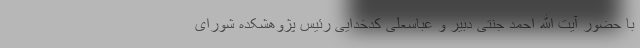
با حضور آیت الله احمد جنتی دبیر و عباسعلی کدخدایی رئیس پژوهشکده شورای